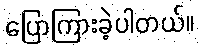
ပြောကြားခဲ့ပါတယ်။